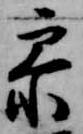
参